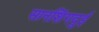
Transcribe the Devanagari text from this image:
सानशिंगदुई